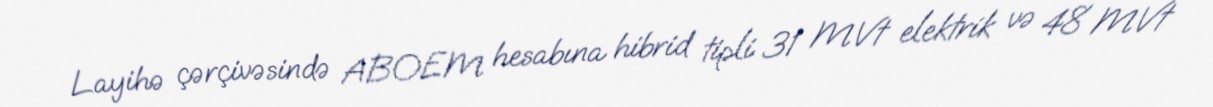
Layihə çərçivəsində ABOEM hesabına hibrid tipli 31 MVt elektrik və 48 MVt